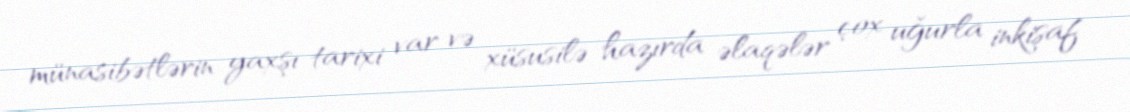
münasibətlərin yaxşı tarixi var və xüsusilə hazırda əlaqələr çox uğurla inkişaf